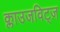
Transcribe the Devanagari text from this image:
क्लाउजविट्ज़